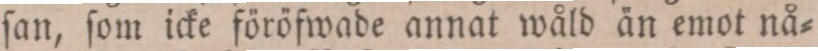
ſan, ſom icke föröfwade annat wåld än emot nå=